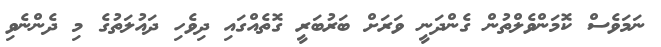
ނަމަވެސް ކޮމަންވެލްތުން ގެންދަނީ ވަރަށް ބަރުބަރީ ގޮތެއްގައި ދިވެހި ދައުލަތުގެ މި ދެންނެވި